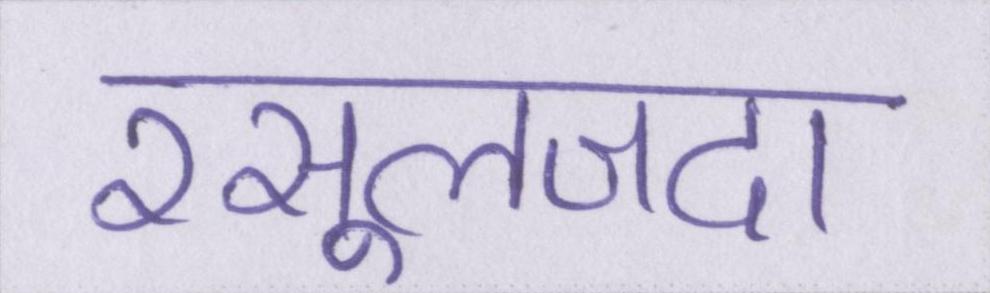
रसूलजदा